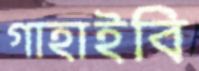
গাহাইবি